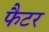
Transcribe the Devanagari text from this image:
फैटर